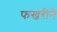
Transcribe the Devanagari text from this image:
फखरीने